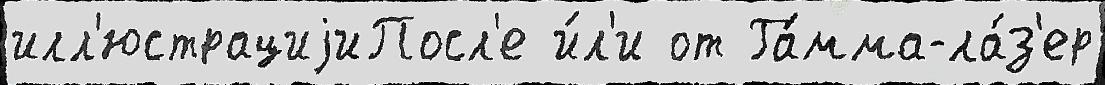
илл'юстрациjиПосл'е и́л'и от Га́мма-ла́з'ер